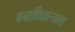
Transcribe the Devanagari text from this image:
वनाधिकार्‍याला